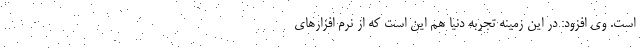
است. وی افزود: در این زمینه تجربه دنیا هم این است که از نرم افزارهای